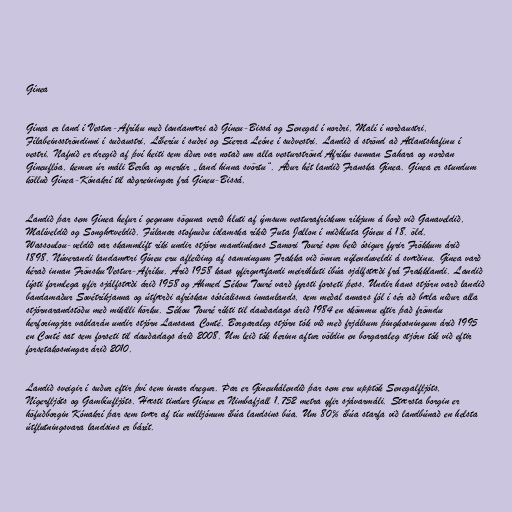
Gínea

Gínea er land í Vestur-Afríku með landamæri að Gíneu-Bissá og Senegal í norðri, Malí í norðaustri,
Fílabeinsströndinni í suðaustri, Líberíu í suðri og Síerra Leóne í suðvestri. Landið á strönd að Atlantshafinu í
vestri. Nafnið er dregið af því heiti sem áður var notað um alla vesturströnd Afríku sunnan Sahara og norðan
Gíneuflóa, kemur úr máli Berba og merkir „land hinna svörtu“. Áður hét landið Franska Gínea. Gínea er stundum
kölluð Gínea-Kónakrí til aðgreiningar frá Gíneu-Bissá.

Landið þar sem Gínea hefur í gegnum söguna verið hluti af ýmsum vesturafrískum ríkjum á borð við Ganaveldið,
Malíveldið og Songhæveldið. Fúlanar stofnuðu íslamska ríkið Futa Jallon í miðhluta Gíneu á 18. öld.
Wassoulou-veldið var skammlíft ríki undir stjórn mandinkans Samori Touré sem beið ósigur fyrir Frökkum árið
1898. Núverandi landamæri Gíneu eru afleiðing af samningum Frakka við önnur nýlenduveldi á svæðinu. Gínea varð
hérað innan Frönsku Vestur-Afríku. Árið 1958 kaus yfirgnæfandi meirihluti íbúa sjálfstæði frá Frakklandi. Landið
lýsti formlega yfir sjálfstæði árið 1958 og Ahmed Sékou Touré varð fyrsti forseti þess. Undir hans stjórn varð landið
bandamaður Sovétríkjanna og útfærði afrískan sósíalisma innanlands, sem meðal annars fól í sér að bæla niður alla
stjórnarandstöðu með mikilli hörku. Sékou Touré ríkti til dauðadags árið 1984 en skömmu eftir það frömdu
herforingjar valdarán undir stjórn Lansana Conté. Borgaraleg stjórn tók við með frjálsum þingkosningum árið 1995
en Conté sat sem forseti til dauðadags árið 2008. Um leið tók herinn aftur völdin en borgaraleg stjórn tók við eftir
forsetakosningar árið 2010.

Landið sveigir í suður eftir því sem innar dregur. Þar er Gíneuhálendið þar sem eru upptök Senegalfljóts,
Nígerfljóts og Gambíufljóts. Hæsti tindur Gíneu er Nimbafjall 1.752 metra yfir sjávarmáli. Stærsta borgin er
höfuðborgin Kónakrí þar sem tvær af tíu milljónum íbúa landsins búa. Um 80% íbúa starfa við landbúnað en helsta
útflutningsvara landsins er báxít.